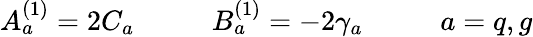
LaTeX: A_{a}^{(1)}=2C_{a}~~~~~~~~~~~B_{a}^{(1)}=-2\gamma_{a}~~~~~~~~~~~a=q,g